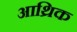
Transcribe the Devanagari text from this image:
आथ्रिक